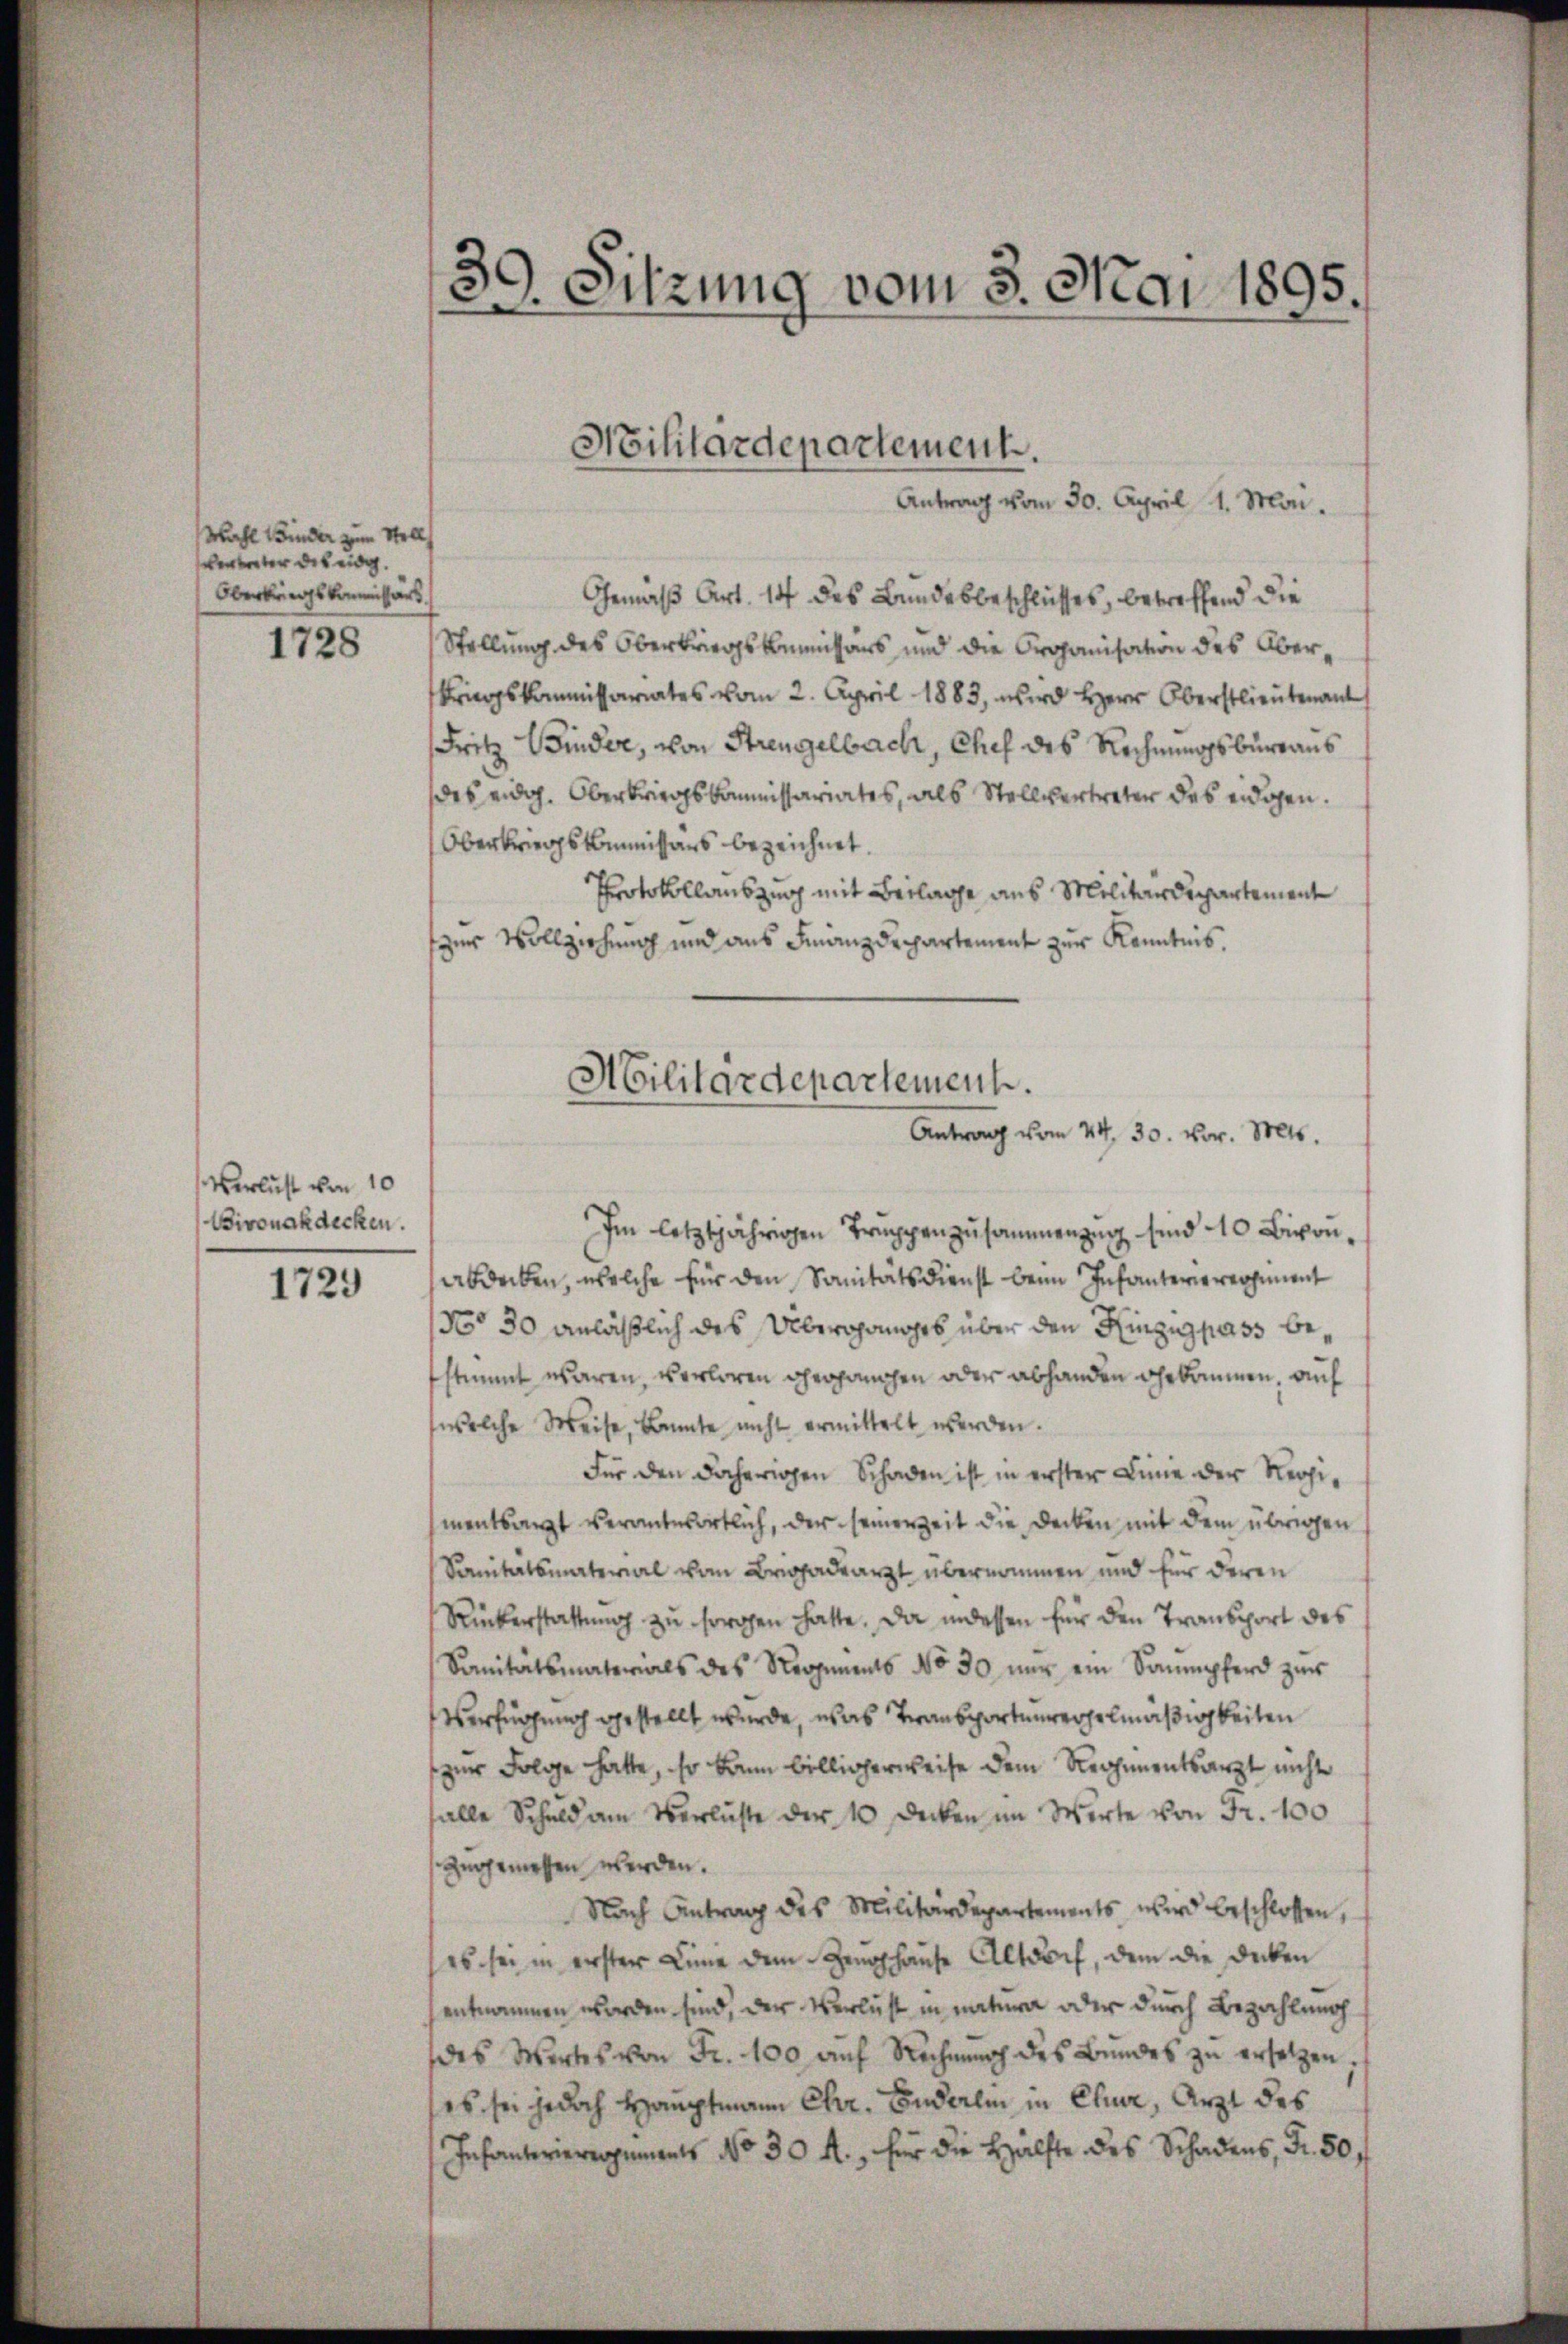
Wahl Binder zum Stell
verunter des eidg.
Oberbungskommissärs

1728

Verlust von 10
Bivonakdecken.

1729

Gemäß Art. 14 des Bundesbeschlusses, betreffend die
Stellung des Oberkriegskommissärs und die Organisation des Ober¬
Kriegskommissariates vom 2. April 1883, wird Herr Oberstlieutenant
Fritz Binder, von Strengelbach, Chef des Rechnungsbureaus
des eidg. Oberbriegskommissariates, als Stellvertreter des eidigen.
Oberkriegskommissars bezeichnet.
Protokollauszug mit Beilage aus Militärdepartemente
zur Vollziehung und aus Finanzdepartement zur Kenntnis.
Im letztjährigen Truppenzusammenzug sind 20 Bixonabdecken, welche für den Sanitätsdienst beim Infanterierersement
No 30 anläßlich des Überganges über den Hinzig pass bestimmt waren, verloren gegangen oder abhanden gekommen, auf
welche Weise, kannte nicht ermittelt werden.
Für den daherigen Schaden ist in erster Linie der Regimentsagt verantwortlich, der seinerzeit die Decken mit dem übrigen
Sanitätsmaterial vom Brigadearzt übernommen und für deren
Rückerstattŭng zŭ sorgen hatte. Da indessen für den Transport des
Sanitätsmaterials des Regiments No 30 nur ein Saumpferd zŭr
Verfügung gestellt wurde, was Transportenregelmäßigkeiten
zur Folge hatte, so kann billigerweise dem Regimentsarzt nicht
falle Schuld am Verluste der 10 Decken im Werte von Fr. 100
angemessen werden.
Nach Antrag des Militärdepartements wird beschlossen,
es sei in erster Linie dem Zeŭghaŭse Altdorf, dem die Decken
entnommen worden sind, der Verlust in natura oder durch Bezahlung
des Wertes von Fr. 100 auf Rechnung des Bundes zu ersetzen,
es sei jedoch Hauptmann Chr. Enderlin in Chur, Arzt des
Infanteriergaments No 30 M., für die Hälfte des Schadens, Fr. 50,

39. Sitzung vom 8. Mai 1895.
“
¬

Hilitardepartement.
Antrag vom 30. April 1. Mai.

Militärdepartemensch.
Antrag vom 24. 30. vor. Mts.